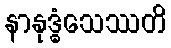
နာနုဒ္ဓံသေဿတိ